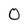
Character: O